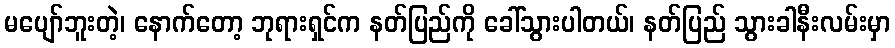
မပျော်ဘူးတဲ့၊ နောက်တော့ ဘုရားရှင်က နတ်ပြည်ကို ခေါ်သွားပါတယ်၊ နတ်ပြည် သွားခါနီးလမ်းမှာ